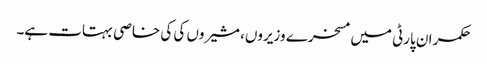
حکمران پارٹی میں مسخرے وزیروں، مشیروں کی کی خاصی بہتات ہے۔